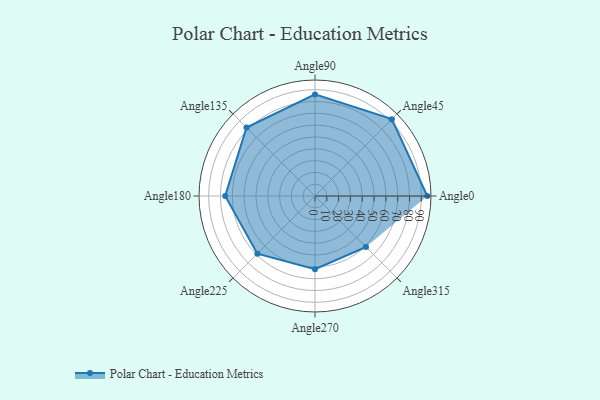
{"axis": {"x": "Angle", "y": "Radius"}, "legend": [""], "data": [{"x": "Angle0", "y": 95.0, "type": ""}, {"x": "Angle45", "y": 92.0, "type": ""}, {"x": "Angle90", "y": 86.0, "type": ""}, {"x": "Angle135", "y": 82.0, "type": ""}, {"x": "Angle180", "y": 76.0, "type": ""}, {"x": "Angle225", "y": 69.0, "type": ""}, {"x": "Angle270", "y": 62.0, "type": ""}, {"x": "Angle315", "y": 61.0, "type": ""}]}